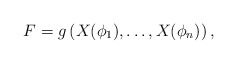
\begin{align*}F=g\left( X(\phi _{1}),\ldots ,X(\phi _{n})\right) , \end{align*}